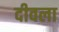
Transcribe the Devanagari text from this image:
दीवला